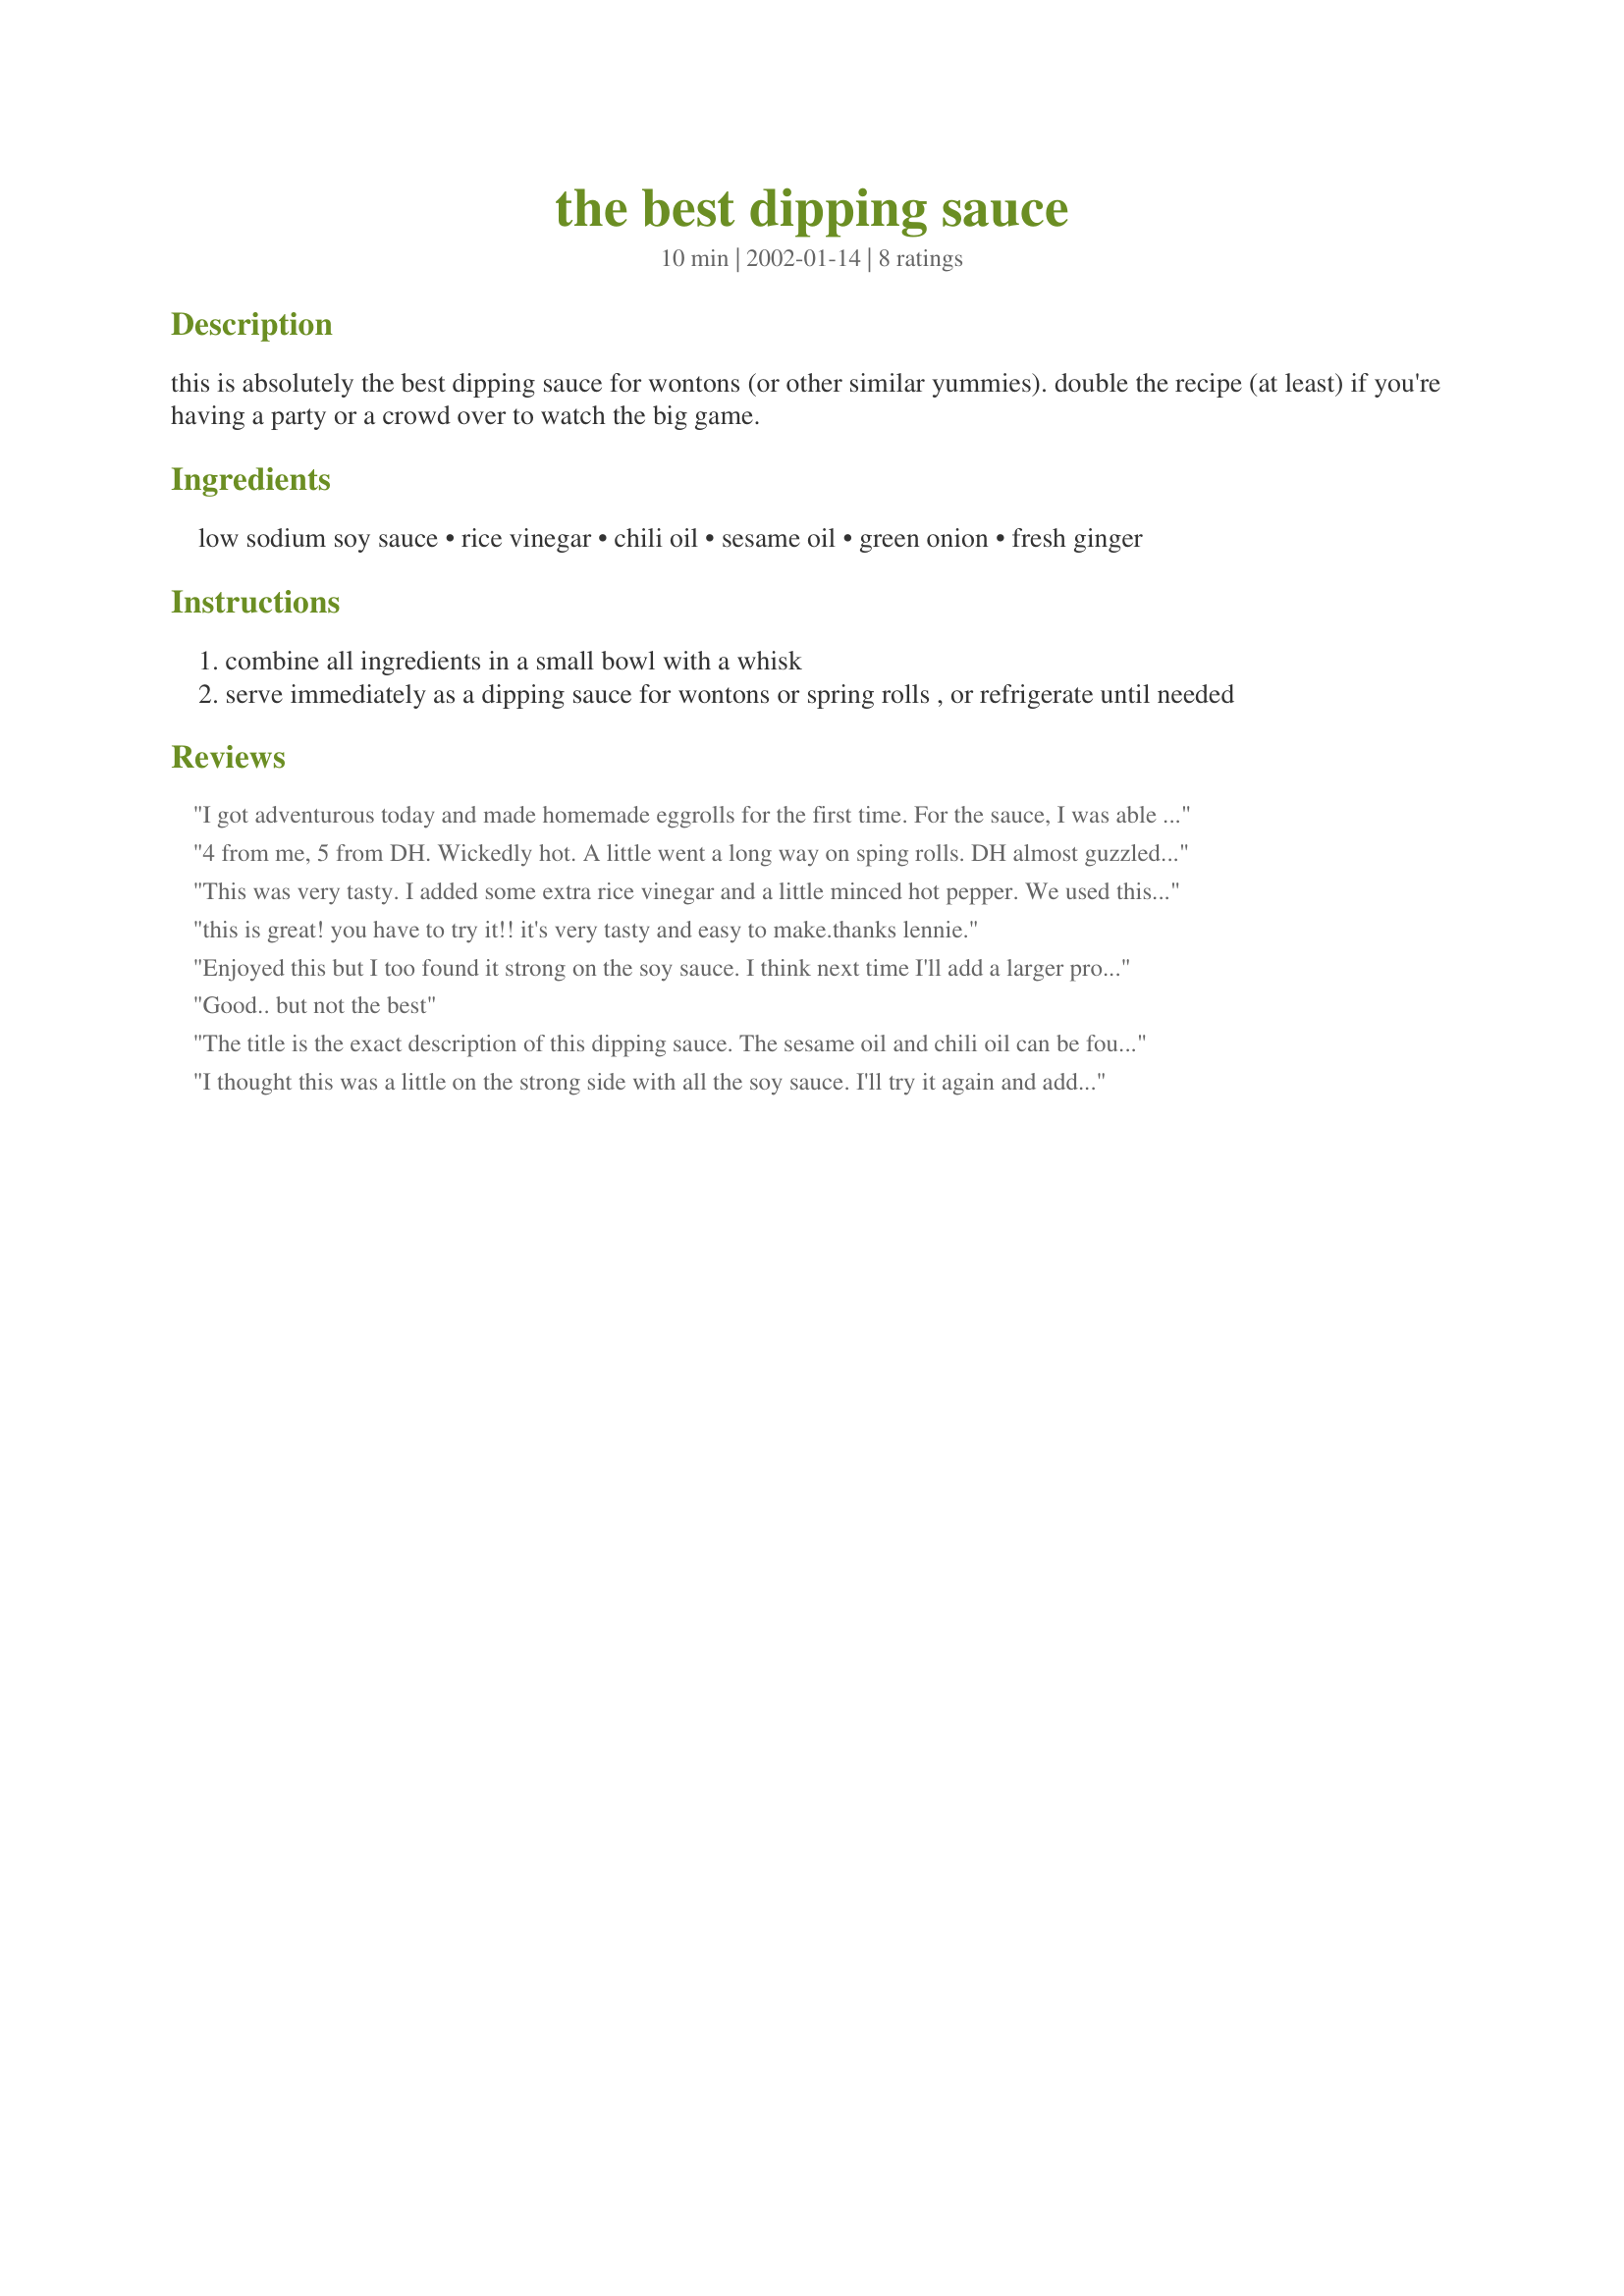
the best dipping sauce
Preparation time: 10 minutes

this is absolutely the best dipping sauce for wontons (or other similar yummies). double the recipe (at least) if you're having a party or a crowd over to watch the big game.

Ingredients:
low sodium soy sauce, rice vinegar, chili oil, sesame oil, green onion, fresh ginger

Steps:
combine all ingredients in a small bowl with a whisk
serve immediately as a dipping sauce for wontons or spring rolls , or refrigerate until needed

Reviews:
I got adventurous today and made homemade eggrolls for the first time. For the sauce, I was able to find both kinds of oil at a local gourmet store that stoks a whole line of TV chef Ming Tsai's products. The only minor change I made was to add a little garlic. Why? well, because my fresh ginger seemed to have some garlic cloves inseparably glued to it. Instead of whisking the ingredients, I threw them all in the food processor - this emulsified the mixture somwhat so that, when one dipped the egg rolls, one got the full benefit of all the wonderful flavours in the sauce. I had never used fresh ginger before - I used ground ginger in the past. Oh, what a delightfully different and more subtle taste the fresh stuff lends to the sauce. You have made a convert out of me, Lennie - only fresh ginger from now on - it is most assuredly worth the time and effort to peel and grate it.
4 from me, 5 from DH. Wickedly hot. A little went a long way on sping rolls. DH almost guzzled it down. Easy to make and I had everything in the house.
This was very tasty. I added some extra rice vinegar and a little minced hot pepper. We used this with steamed chinese dumplings and chinese greens. Thanks Lennie.
this is great! you have to try it!! it's very tasty and easy to make.thanks lennie.
Enjoyed this but I too found it strong on the soy sauce. I think next time I'll add a larger proportion of the other spices and maybe even a little sugar. But I was looking for a quick dipping sauce to serve with recipe#261401 and recipe#303281 and this was it. Thanks so much for posting.
Good.. but not the best
The title is the exact description of this dipping sauce. The sesame oil and chili oil can be found in gourmet or oriental food stores. The sauce also goes well with "dim sum" (Chinese Brunch).
I thought this was a little on the strong side with all the soy sauce. I'll try it again and add some garlic as a couple of the other reviewers suggested. I added a "tad" of sugar also. We had a hard time tasting the chili oil and sesame oil. I used the grated ginger in the jar -- I've always had good luck with it, but maybe the "ultra" fresh ginger would be better. It's a recipe I'll definitely keep -- and try again. Thanks.
